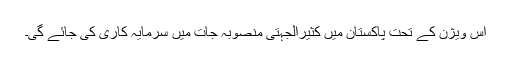
اس ویژن کے تحت پاکستان میں کثیرالجہتی منصوبہ جات میں سرمایہ کاری کی جائے گی۔